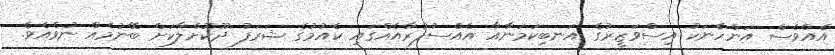
އެއްވެސް އަންހެނަކު އިސްވަޒީރުގެ އަނބިކަމަނާއާ އެއްސުފުރާއެއްގައި ކެއުމުގެ ޝަރަފު ދޫކޮށްލާކަށް ބޭނުމެއް ނުވެއެވެ.